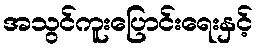
အသွင်ကူးပြောင်းရေးနှင့်